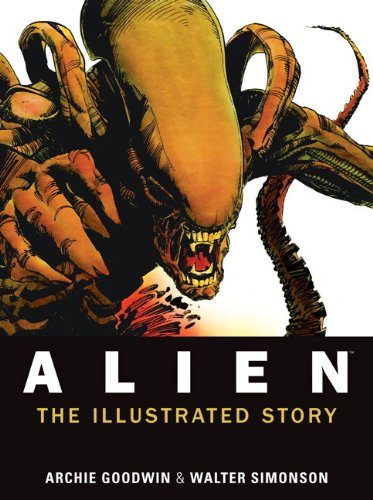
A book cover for Alien: The Illustrated Story; Archie Goodwin; Comics & Graphic Novels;